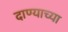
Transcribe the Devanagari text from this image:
दाण्याच्या